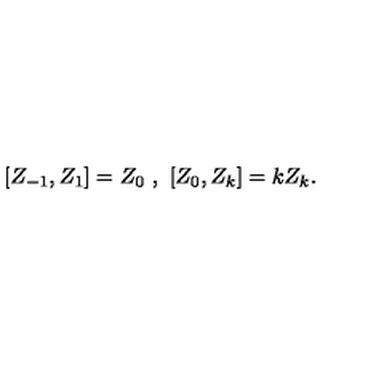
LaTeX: [ Z _ { - 1 } , Z _ { 1 } ] = Z _ { 0 } \ , \ [ Z _ { 0 } , Z _ { k } ] = k Z _ { k } .